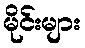
မိုင်းများ